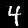
Label: 4